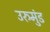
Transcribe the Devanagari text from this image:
उरुमुंड